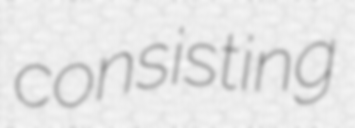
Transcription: consisting